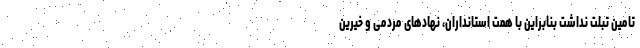
تامین تبلت نداشت بنابراین با همت استانداران، نهادهای مردمی و خیرین